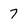
Character: 7